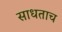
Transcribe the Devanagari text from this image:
साधताच